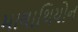
માલાથિયોન